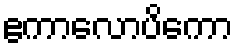
ဧကာလောပိကော